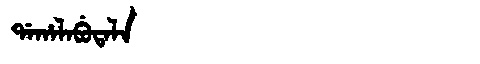
Manchu: ᡩᠠᡥᠠᠯᠠᠪᡠᡨᠠᠯᠠ
Romanization: DAHALABUTALA